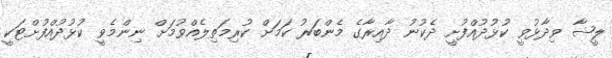
ލީޝާ ވިދާޅުވީ ކުޅުދުއްފުށީ ދެކުނު ދާއިރާގެ މެންބަރު ކަމަށް ކުރިމަތިލެއްވުމަށް ނިންމެވީ ކުޅުދުއްފުށްޓަކީ